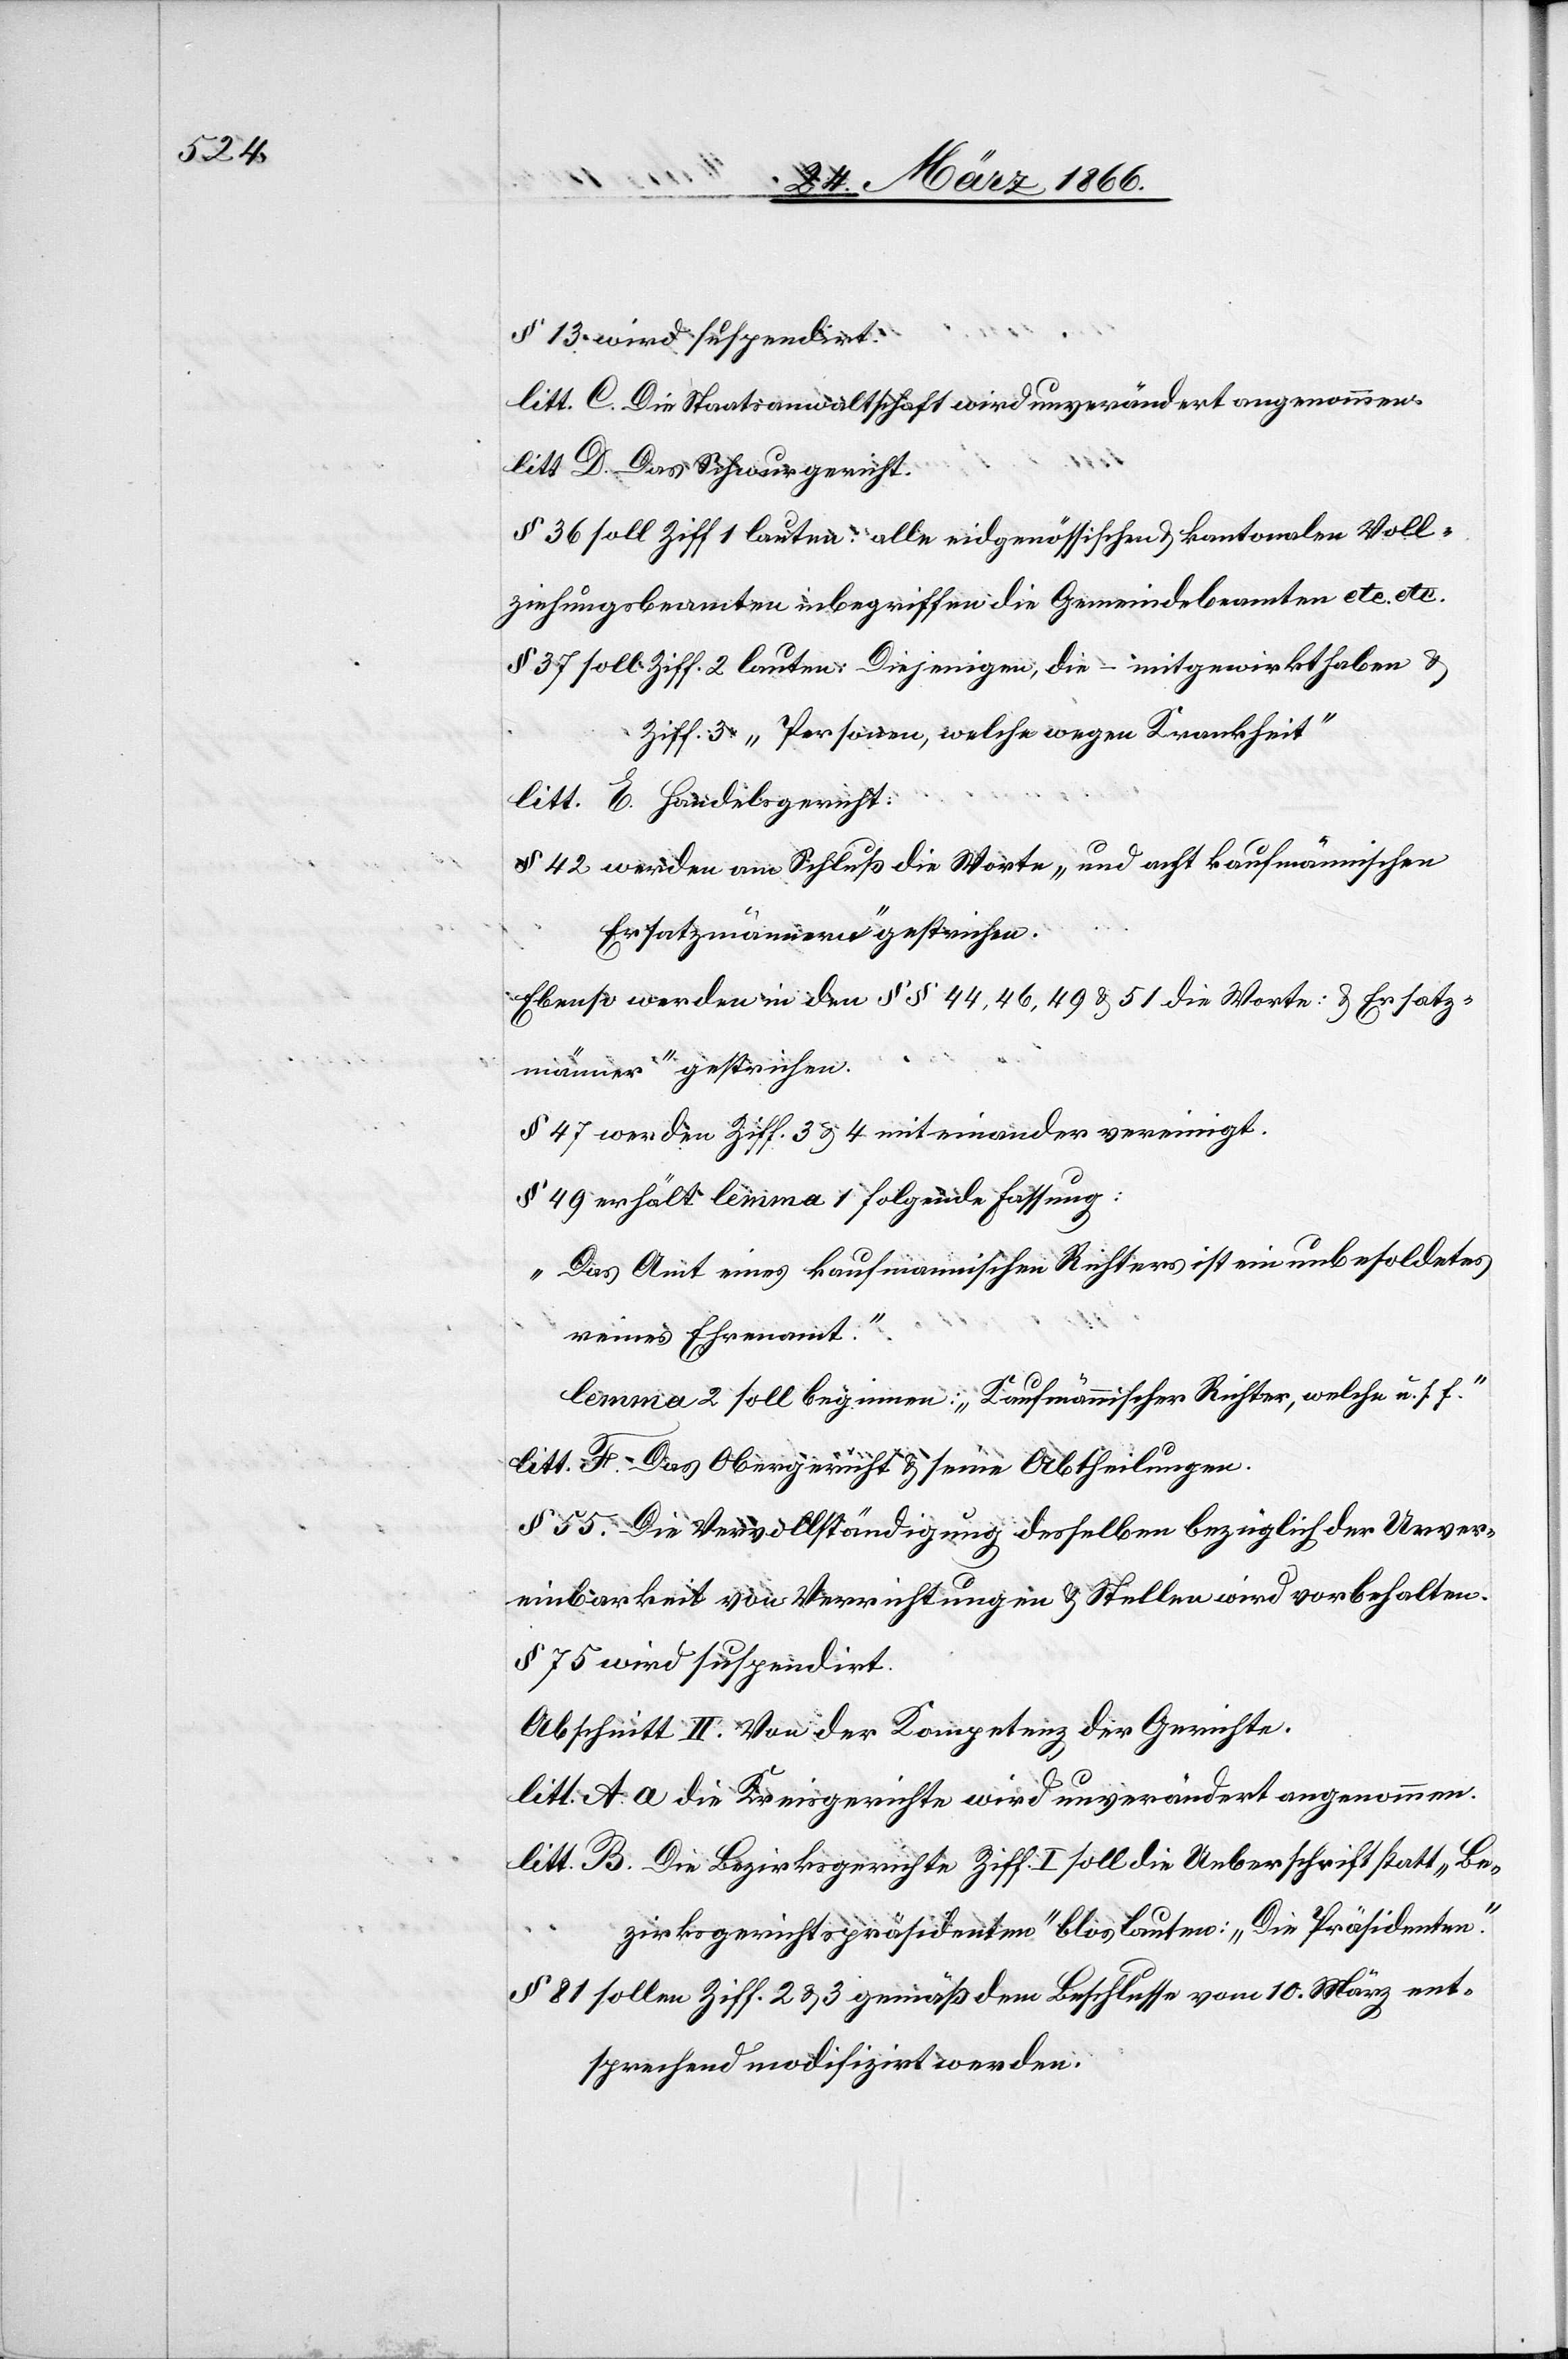
litt. C. Die Staatsanwaltschaft wird unverändert angenommen.
litt. D. Das Schwurgericht.
§ 36 soll Ziff. 1 lauten: alle eidgenössischen u. kantonalen Voll¬
ziehungsbeamten inbegriffen die Gemeindsbeamten etc. etc.
§ 37 soll Ziff. 2 lauten: Diejenigen, die mitgewirkt haben u.
Ziff. 3 „Personen, welche wegen Krankheit“
litt. E. Handelsgericht
§ 42 werden am Schluß die Worte „und acht kaufmännische
Ersatzmänner“ gestrichen.
Ebenso werden in den § § 44, 46, 49 u. 51 die Worte: „u. Ersatz¬
männer“ gestrichen.
§ 47 werden Ziff. 3 u. 4. miteinander vereinigt.
§ 49 erhält lemma 1 folgende Fassung:
„Das Amt eines kaufmännischen Richters ist ein unbesoldetes
reines Ehrenamt.“
lemma 2 soll beginnen: „Kaufmännische Richter, welche u. s.
litt. F. Das Obergericht u. seine Abtheilungen.
§ 55 Die Vervollständigung desselben bezüglich der Unver¬
einbarkeit von Verrichtungen u. Stellen wird vorbehalten.
§ 75 wird suspendirt.
litt. A. a die Kreisgerichte wird unverändert angenommen.
litt. B. Die Bezirksgerichte Ziff. I soll die Ueberschrift statt „Be¬
zirksgerichtspräsidenten“ blos lauten: „Die Präsidenten.“
§ 81 sollen Ziff. 2 u. 3 gemäß dem Beschlusse vom 10. März ent¬
sprechend modifizirt werden.